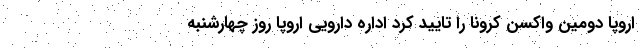
اروپا دومین واکسن کرونا را تایید کرد اداره دارویی اروپا روز چهارشنبه